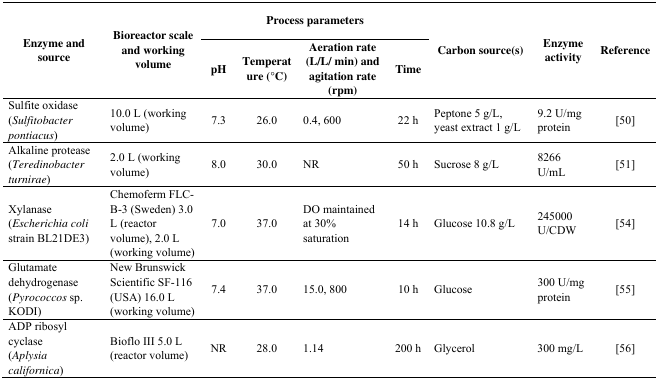
| <ROWSPAN=2> Enzyme and source | <ROWSPAN=2> Bioreactor scale and working volume | <COLSPAN=4> Process parameters | <ROWSPAN=2> Carbon source(s) | <ROWSPAN=2> Enzyme activity | <ROWSPAN=2> Reference |
 | pH | Temperat ure (°C) | Aeration rate (L/L/min) and agitation rate (rpm) | Time |
 | --- | --- | --- | --- | --- | --- | --- | --- | --- |
 | Sulfite oxidase (Sulfitobacter pontiacus) | 10.0 L (working volume) | 7.3 | 26.0 | 0.4, 600 | 22 h | Peptone 5 g/L, yeast extract 1 g/L | 9.2 U/mg protein | [50] |
 | Alkaline protease (Teredinobacter turnirae) | 2.0 L (working volume) | 8.0 | 30.0 | NR | 50 h | Sucrose 8 g/L | 8266 U/mL | [51] |
 | Xylanase (Escherichia coli strain BL21DE3) | Chemoferm FLC- B-3 (Sweden) 3.0 L (reactor volume), 2.0 L (working volume) | 7.0 | 37.0 | DO maintained at 30% saturation | 14 h | Glucose 10.8 g/L | 245000 U/CDW | [54] |
 | Glutamate dehydrogenase (Pyrococcos sp. KODI) | New Brunswick Scientific SF-116 (USA) 16.0 L (working volume) | 7.4 | 37.0 | 15.0, 800 | 10 h | Glucose | 300 U/mg protein | [55] |
 | ADP ribosyl cyclase (Aplysia californica) | Bioflo III 5.0 L (reactor volume) | NR | 28.0 | 1.14 | 200 h | Glycerol | 300 mg/L | [56] |